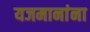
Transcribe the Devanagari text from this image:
यजमानांना